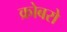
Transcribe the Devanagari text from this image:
क्रोबरो